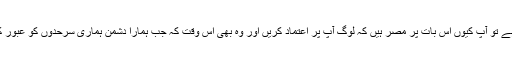
اگر یہ سب کچھ ہے تو آپ کیوں اس بات پر مصر ہیں کہ لوگ آپ پر اعتماد کریں اور وہ بھی اُس وقت کہ جب ہمارا دشمن ہماری سرحدوں کو عبور کرنے جا رہا ہے۔